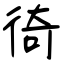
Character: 徛